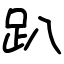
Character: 趴